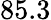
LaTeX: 85.3